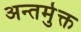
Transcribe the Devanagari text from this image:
अन्तर्मुक्त